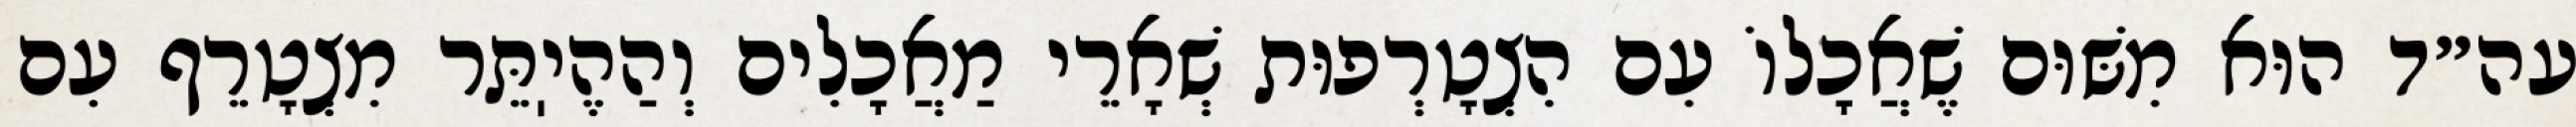
עה״ד הוּא מִשּׁוּם שֶׁאֲכָלוֹ עִם הִצְטָרְפוּת שְׁאָרֵי מַאֲכָלִים וְהַהֶיֽתֵּר מִצְטָרֵף עִם